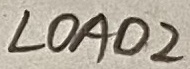
Text: LOAD2